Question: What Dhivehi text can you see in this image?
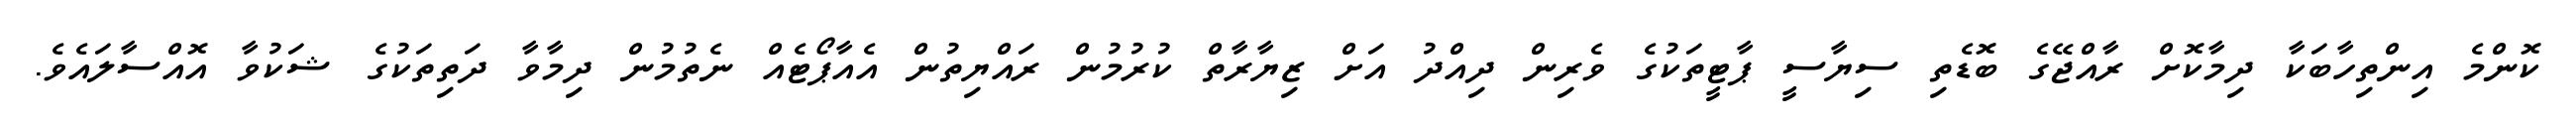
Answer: ކޮންމެ އިންތިހާބަކާ ދިމާކޮށް ރާއްޖޭގެ ބޮޑެތި ސިޔާސީ ޕާޓީތަކުގެ ވެރިން ދިއްދު އަށް ޒިޔާރާތް ކުރުމުން ރައްޔިތުން އެއާޕޯޓެއް ނެތުމުން ދިމާވާ ދަތިތަކުގެ ޝަކުވާ އޮއްސާލައެވެ.